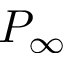
P _ { \infty }